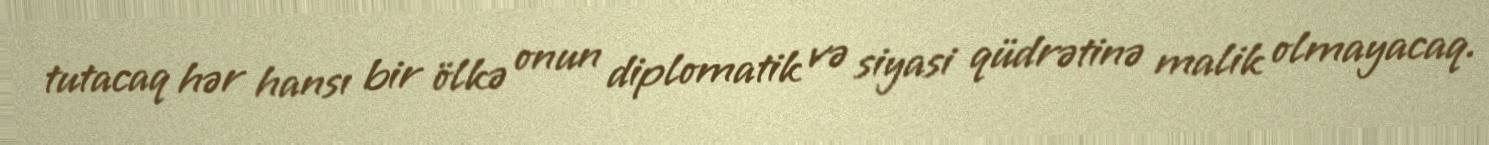
tutacaq hər hansı bir ölkə onun diplomatik və siyasi qüdrətinə malik olmayacaq.